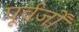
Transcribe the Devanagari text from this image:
पूर्वर्जों